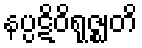
နပ္ပဋိဝိရုဇ္ဈတိ